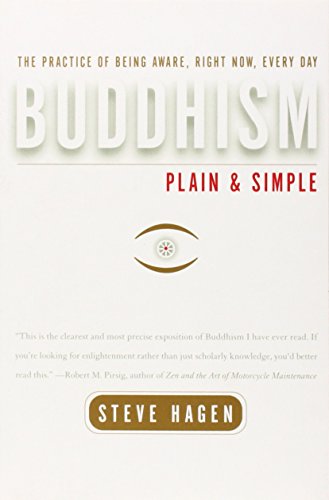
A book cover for Buddhism Plain and Simple; Steve Hagen; Politics & Social Sciences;